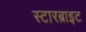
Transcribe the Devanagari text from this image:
स्टारब्राइट